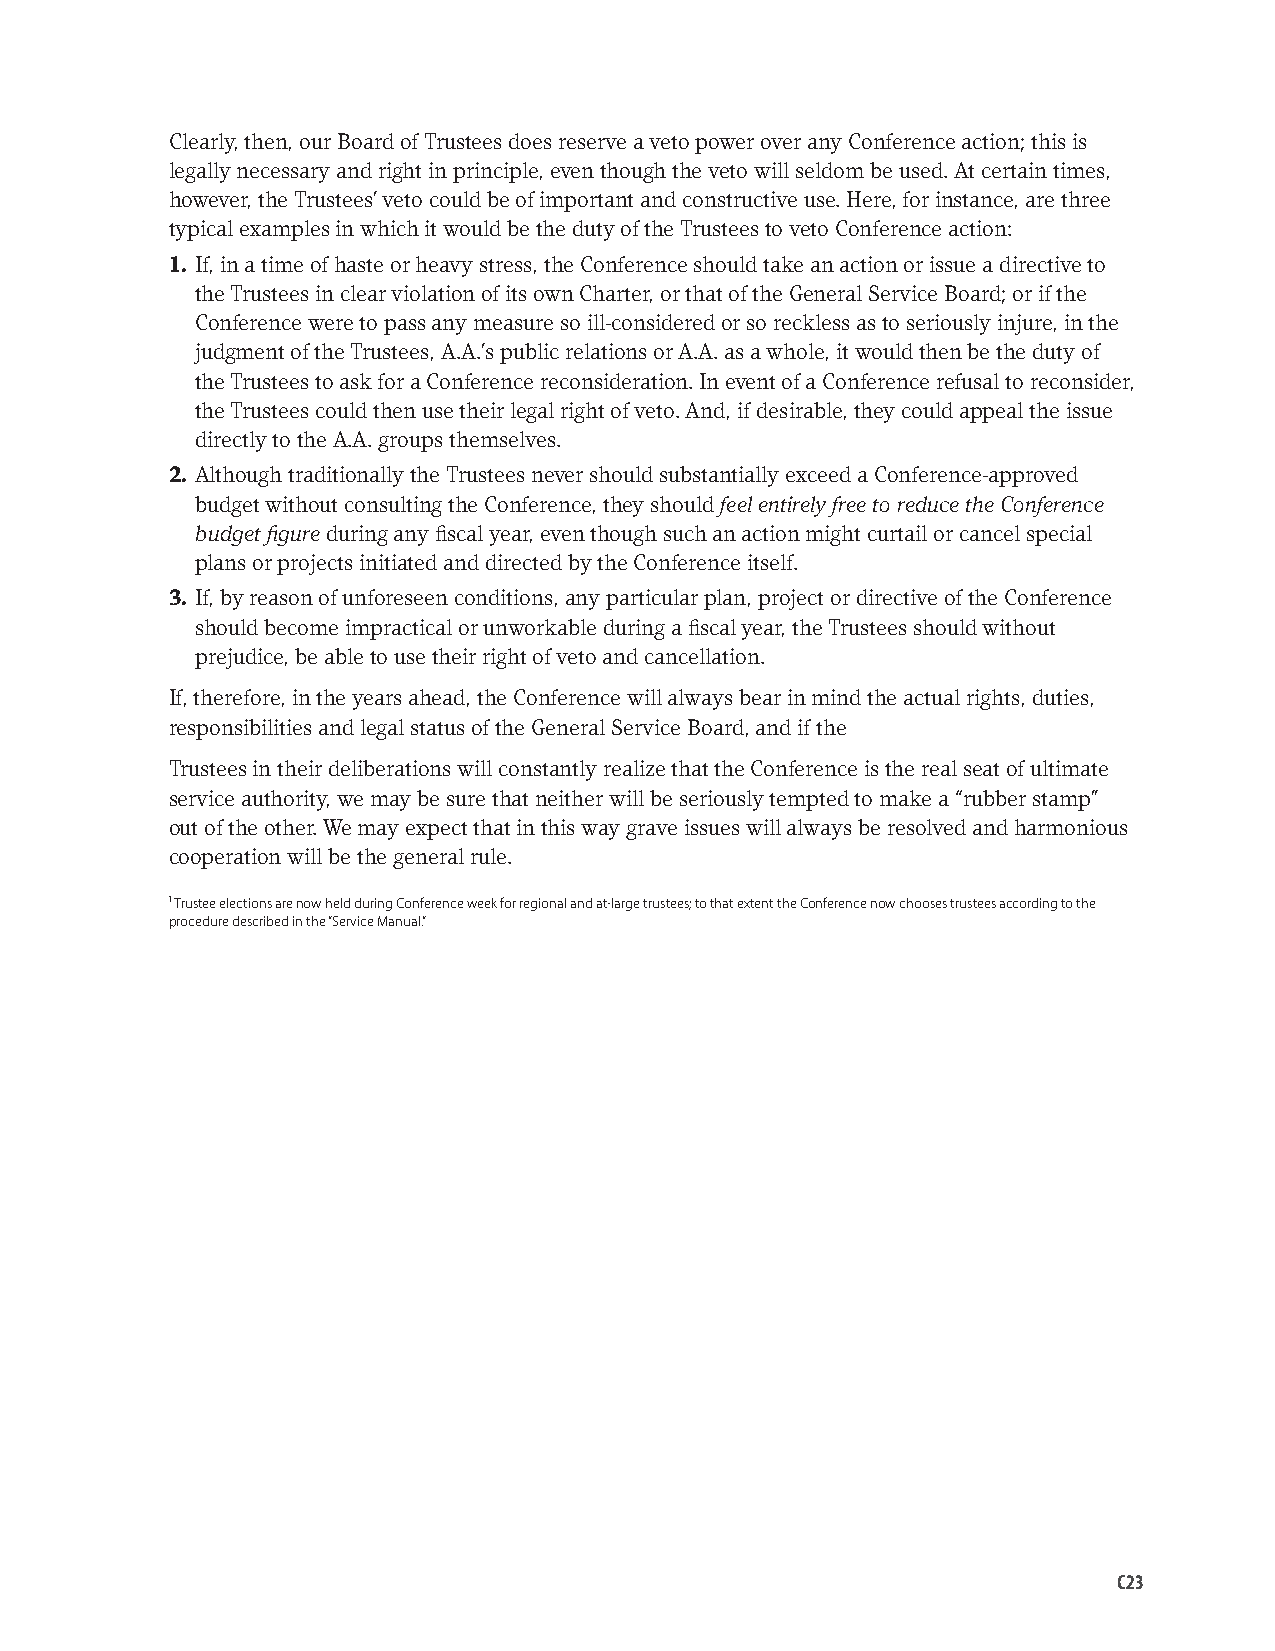
Clearly, then, our Board of Trustees does reserve a veto power over any Conference action; this is
 legally necessary and right in principle, even though the veto will seldom be used. At certain times,
 however, the Trustees’ veto could be of important and constructive use. Here, for instance, are three
 typical examples in which it would be the duty of the Trustees to veto Conference action:
 1. If, in a time of haste or heavy stress, the Conference should take an action or issue a directive to
 the Trustees in clear violation of its own Charter, or that of the General Service Board; or if the
 Conference were to pass any measure so ill-considered or so reckless as to seriously injure, in the
 judgment of the Trustees, A.A.’s public relations or A.A. as a whole, it would then be the duty of
 the Trustees to ask for a Conference reconsideration. In event of a Conference refusal to reconsider,
 the Trustees could then use their legal right of veto. And, if desirable, they could appeal the issue
 directly to the A.A. groups themselves.
 2. Although traditionally the Trustees never should substantially exceed a Conference-approved
 budget without consulting the Conference, they should feel entirely free to reduce the Conference
 budget figure during any fiscal year, even though such an action might curtail or cancel special
 plans or projects initiated and directed by the Conference itself.
 3. If, by reason of unforeseen conditions, any particular plan, project or directive of the Conference
 should become impractical or unworkable during a fiscal year, the Trustees should without
 prejudice, be able to use their right of veto and cancellation.
 If, therefore, in the years ahead, the Conference will always bear in mind the actual rights, duties,
 responsibilities and legal status of the General Service Board, and if the
 Trustees in their deliberations will constantly realize that the Conference is the real seat of ultimate
 service authority, we may be sure that neither will be seriously tempted to make a “rubber stamp”
 out of the other. We may expect that in this way grave issues will always be resolved and harmonious
 cooperation will be the general rule.
 1 Trustee elections are now held during Conference week for regional and at-large trustees; to that extent the Conference now chooses trustees according to the
 procedure described in the “Service Manual.”
 C23